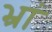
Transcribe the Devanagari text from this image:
भ्रां